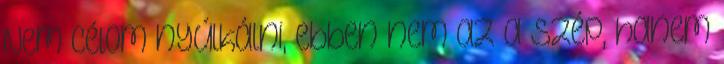
Nem célom nyúlkálni, ebben nem az a szép, hanem